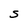
Character: S